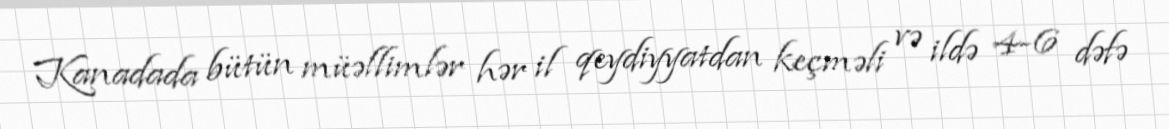
Kanadada bütün müəllimlər hər il qeydiyyatdan keçməli və ildə 4-6 dəfə